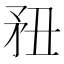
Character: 䂇